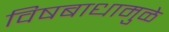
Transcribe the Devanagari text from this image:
विषबाधामुळे